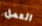
العمل